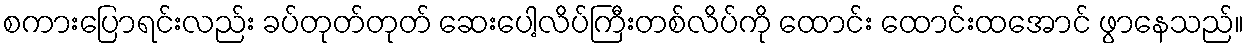
စကားပြောရင်းလည်း ခပ်တုတ်တုတ် ဆေးပေါ့လိပ်ကြီးတစ်လိပ်ကို ထောင်း ထောင်းထအောင် ဖွာနေသည်။